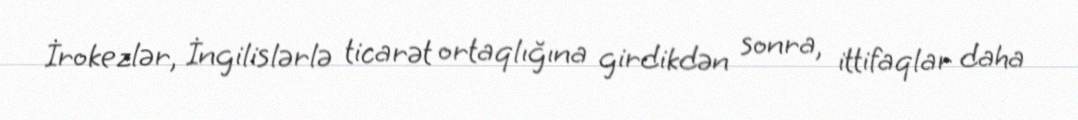
İrokezlər, İngilislərlə ticarət ortaqlığına girdikdən sonra, ittifaqlar daha